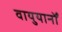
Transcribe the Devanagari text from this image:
वायुयानोँ